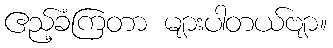
ဧည့်ခံကြတာ များပါတယ်ဗျာ။